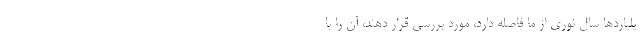
یلیاردها سال نوری از ما فاصله دارد، مورد بررسی قرار دهند، آن را با